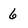
Character: 6